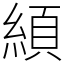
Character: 䋶